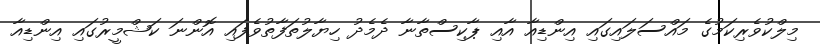
މިލްކުވެރިކަމުގެ މައްސަލައިގައި އިންޑިއާ އާއި ޕާކިސްތާނާ ދެމެދު ހިޔާލުތަފާތުވެފައި އޮންނަ ކަޝްމީރުގައި އިންޑިއާ